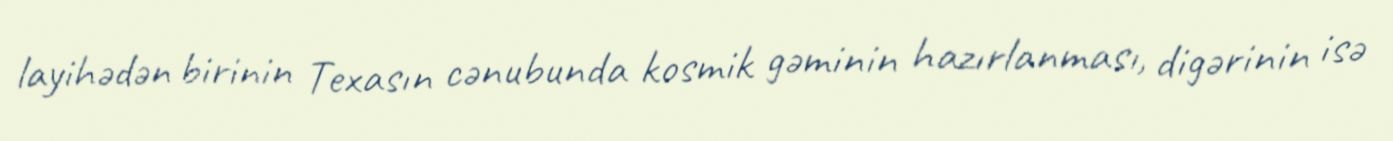
layihədən birinin Texasın cənubunda kosmik gəminin hazırlanması, digərinin isə